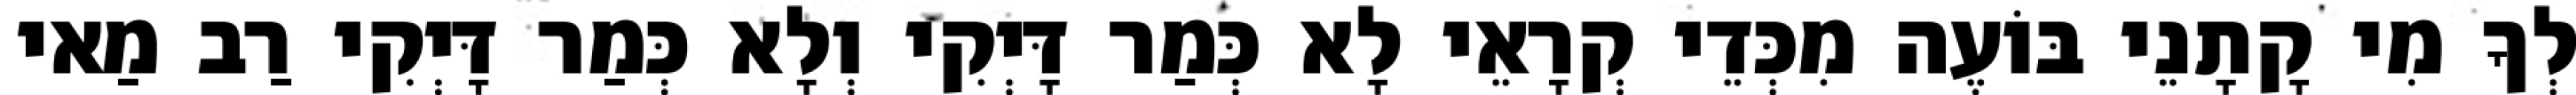
לְךָ מִי קָתָנֵי בּוֹעֶה מִכְּדֵי קְרָאֵי לָא כְּמַר דָּיְקִי וְלָא כְּמַר דָּיְקִי רַב מַאי